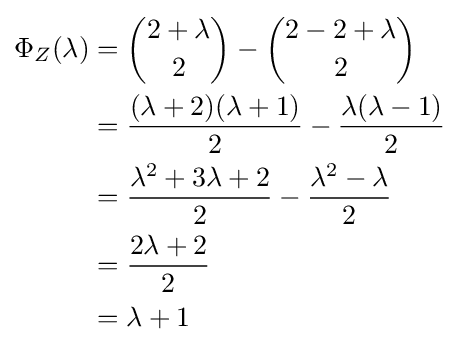
{\begin{aligned}\Phi _{Z}(\lambda )&={\binom {2+\lambda }{2}}-{\binom {2-2+\lambda }{2}}\\&={\frac {(\lambda +2)(\lambda +1)}{2}}-{\frac {\lambda (\lambda -1)}{2}}\\&={\frac {\lambda ^{2}+3\lambda +2}{2}}-{\frac {\lambda ^{2}-\lambda }{2}}\\&={\frac {2\lambda +2}{2}}\\&=\lambda +1\end{aligned}}